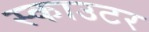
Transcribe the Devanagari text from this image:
स्काउटर